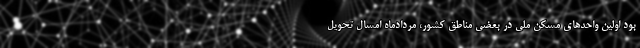
بود اولین واحدهای مسکن ملی در بعضی مناطق کشور، مردادماه امسال تحویل